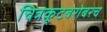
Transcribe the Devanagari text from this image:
चित्रकूटबरोबरच